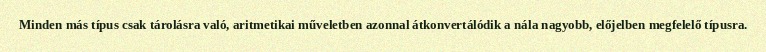
Minden más típus csak tárolásra való, aritmetikai műveletben azonnal átkonvertálódik a nála nagyobb, előjelben megfelelő típusra.